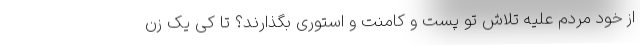
از خود مردم علیه تلاش تو پست و کامنت و استوری بگذارند؟ تا کی یک زن